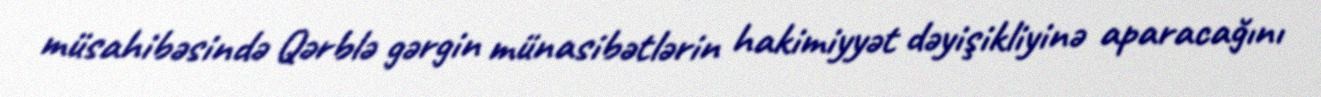
müsahibəsində Qərblə gərgin münasibətlərin hakimiyyət dəyişikliyinə aparacağını